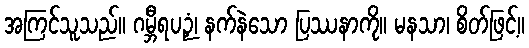
အကြင်သူသည်။ ဂမ္ဘီရပဉှံ၊ နက်နဲသော ပြဿနာကို။ မနသာ၊ စိတ်ဖြင့်။